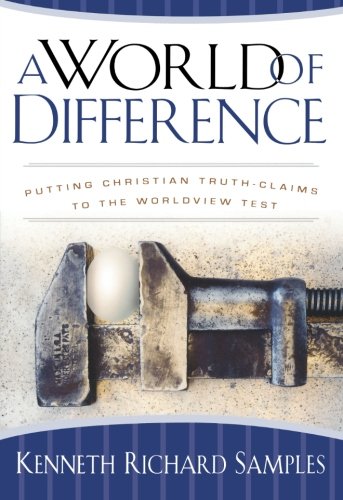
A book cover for A World of Difference: Putting Christian Truth-Claims to the Worldview Test (Reasons to Believe); Kenneth Richard Samples; Christian Books & Bibles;